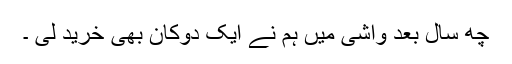
چھ سال بعد واشی میں ہم نے ایک دوکان بھی خرید لی ۔